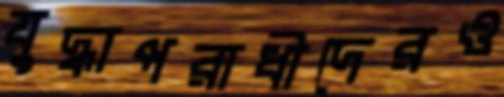
যুদ্ধাপরাধীদেরও